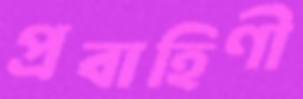
প্রবাহিণী